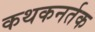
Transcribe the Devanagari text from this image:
कथकनर्तक